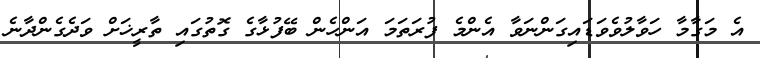
އެ މަގާމާ ހަވާލުވެވަޑައިގަންނަވާ އެންމެ ފުރަތަމަ އަންހެން ބޭފުޅާގެ ގޮތުގައި ތާރީޚަށް ވަދެގެންދާނެ